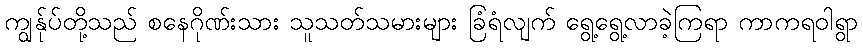
ကျွန်ုပ်တို့သည် စနေဂိုဏ်းသား သူသတ်သမားများ ခြံရံလျက် ရွေ့ရွေ့လာခဲ့ကြရာ ကာကရဝါရွာ